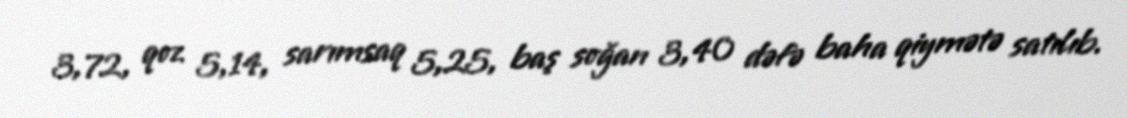
3,72, qoz 5,14, sarımsaq 5,25, baş soğan 3,40 dəfə baha qiymətə satılıb.